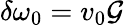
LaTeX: \delta\omega_{0}=v_{0}\mathcal{G}